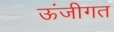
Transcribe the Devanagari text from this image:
ऊंजीगत